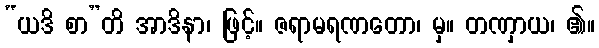
“ယဒိ စာ”တိ အာဒိနာ၊ ဖြင့်။ ဇရာမရဏတော၊ မှ။ တဏှာယ၊ ၏။